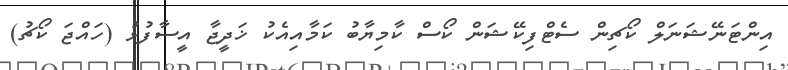
އިންޓަނޭޝަނަލް ކޯޗިން ސެޓްފިކޭޝަން ކޯސް ކާމިޔާބު ކަމާއިއެކު ޚަދީޖާ އީސާފުޅު (ހައްޖަ ކޯޗު)